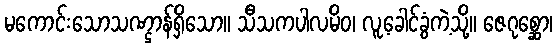
မကောင်းသောသဏ္ဌာန်ရှိသော။ သီသကပါလမိဝ၊ လူ့ခေါင်ခွံကဲ့သို့။ ဇေဂုစ္ဆော၊